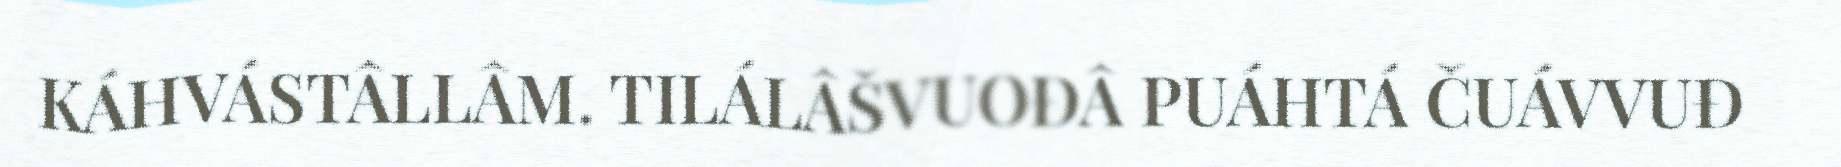
KÁHVÁSTÂLLÂM. TILÁLÂŠVUOĐÂ PUÁHTÁ ČUÁVVUĐ